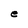
Character: e